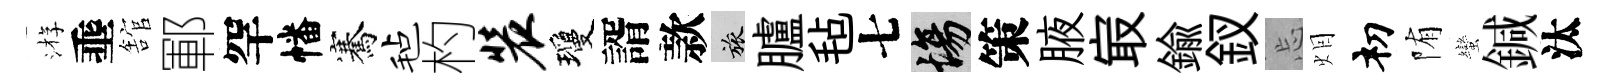
㳺埀舘鄆罕幡騫毡杓装瓊諝款旅臚毡七場策腋㝡鍮釵忘𤇆𥘉陏蠻鍼汰